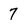
Character: 7